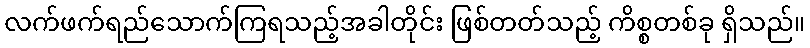
လက်ဖက်ရည်သောက်ကြရသည့်အခါတိုင်း ဖြစ်တတ်သည့် ကိစ္စတစ်ခု ရှိသည်။